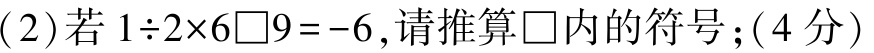
(2)若\(1\div2\times6\square9 = - 6\)，请推算\(\square\)内的符号；(4分)